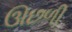
ઊછળી